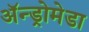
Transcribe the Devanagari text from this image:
अॅन्ड्रोमेडा